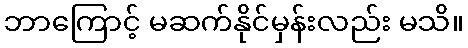
ဘာကြောင့် မဆက်နိုင်မှန်းလည်း မသိ။